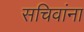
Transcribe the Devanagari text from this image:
सचिवांना